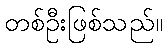
တစ်ဦးဖြစ်သည်။